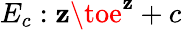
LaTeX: E_{c}:\mathbf{z}\toe^{\mathbf{z}}+c